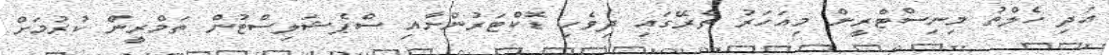
އަދި ހެލްތު މިނިސްޓްރީން މިއަހަރު ތެރޭގައި ދިވެހި ޑޮކްޓަރުންނާއި ސްޕެޝަލިސްޓުން ތަމްރީން ކުރުމަށް